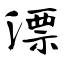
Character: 漂